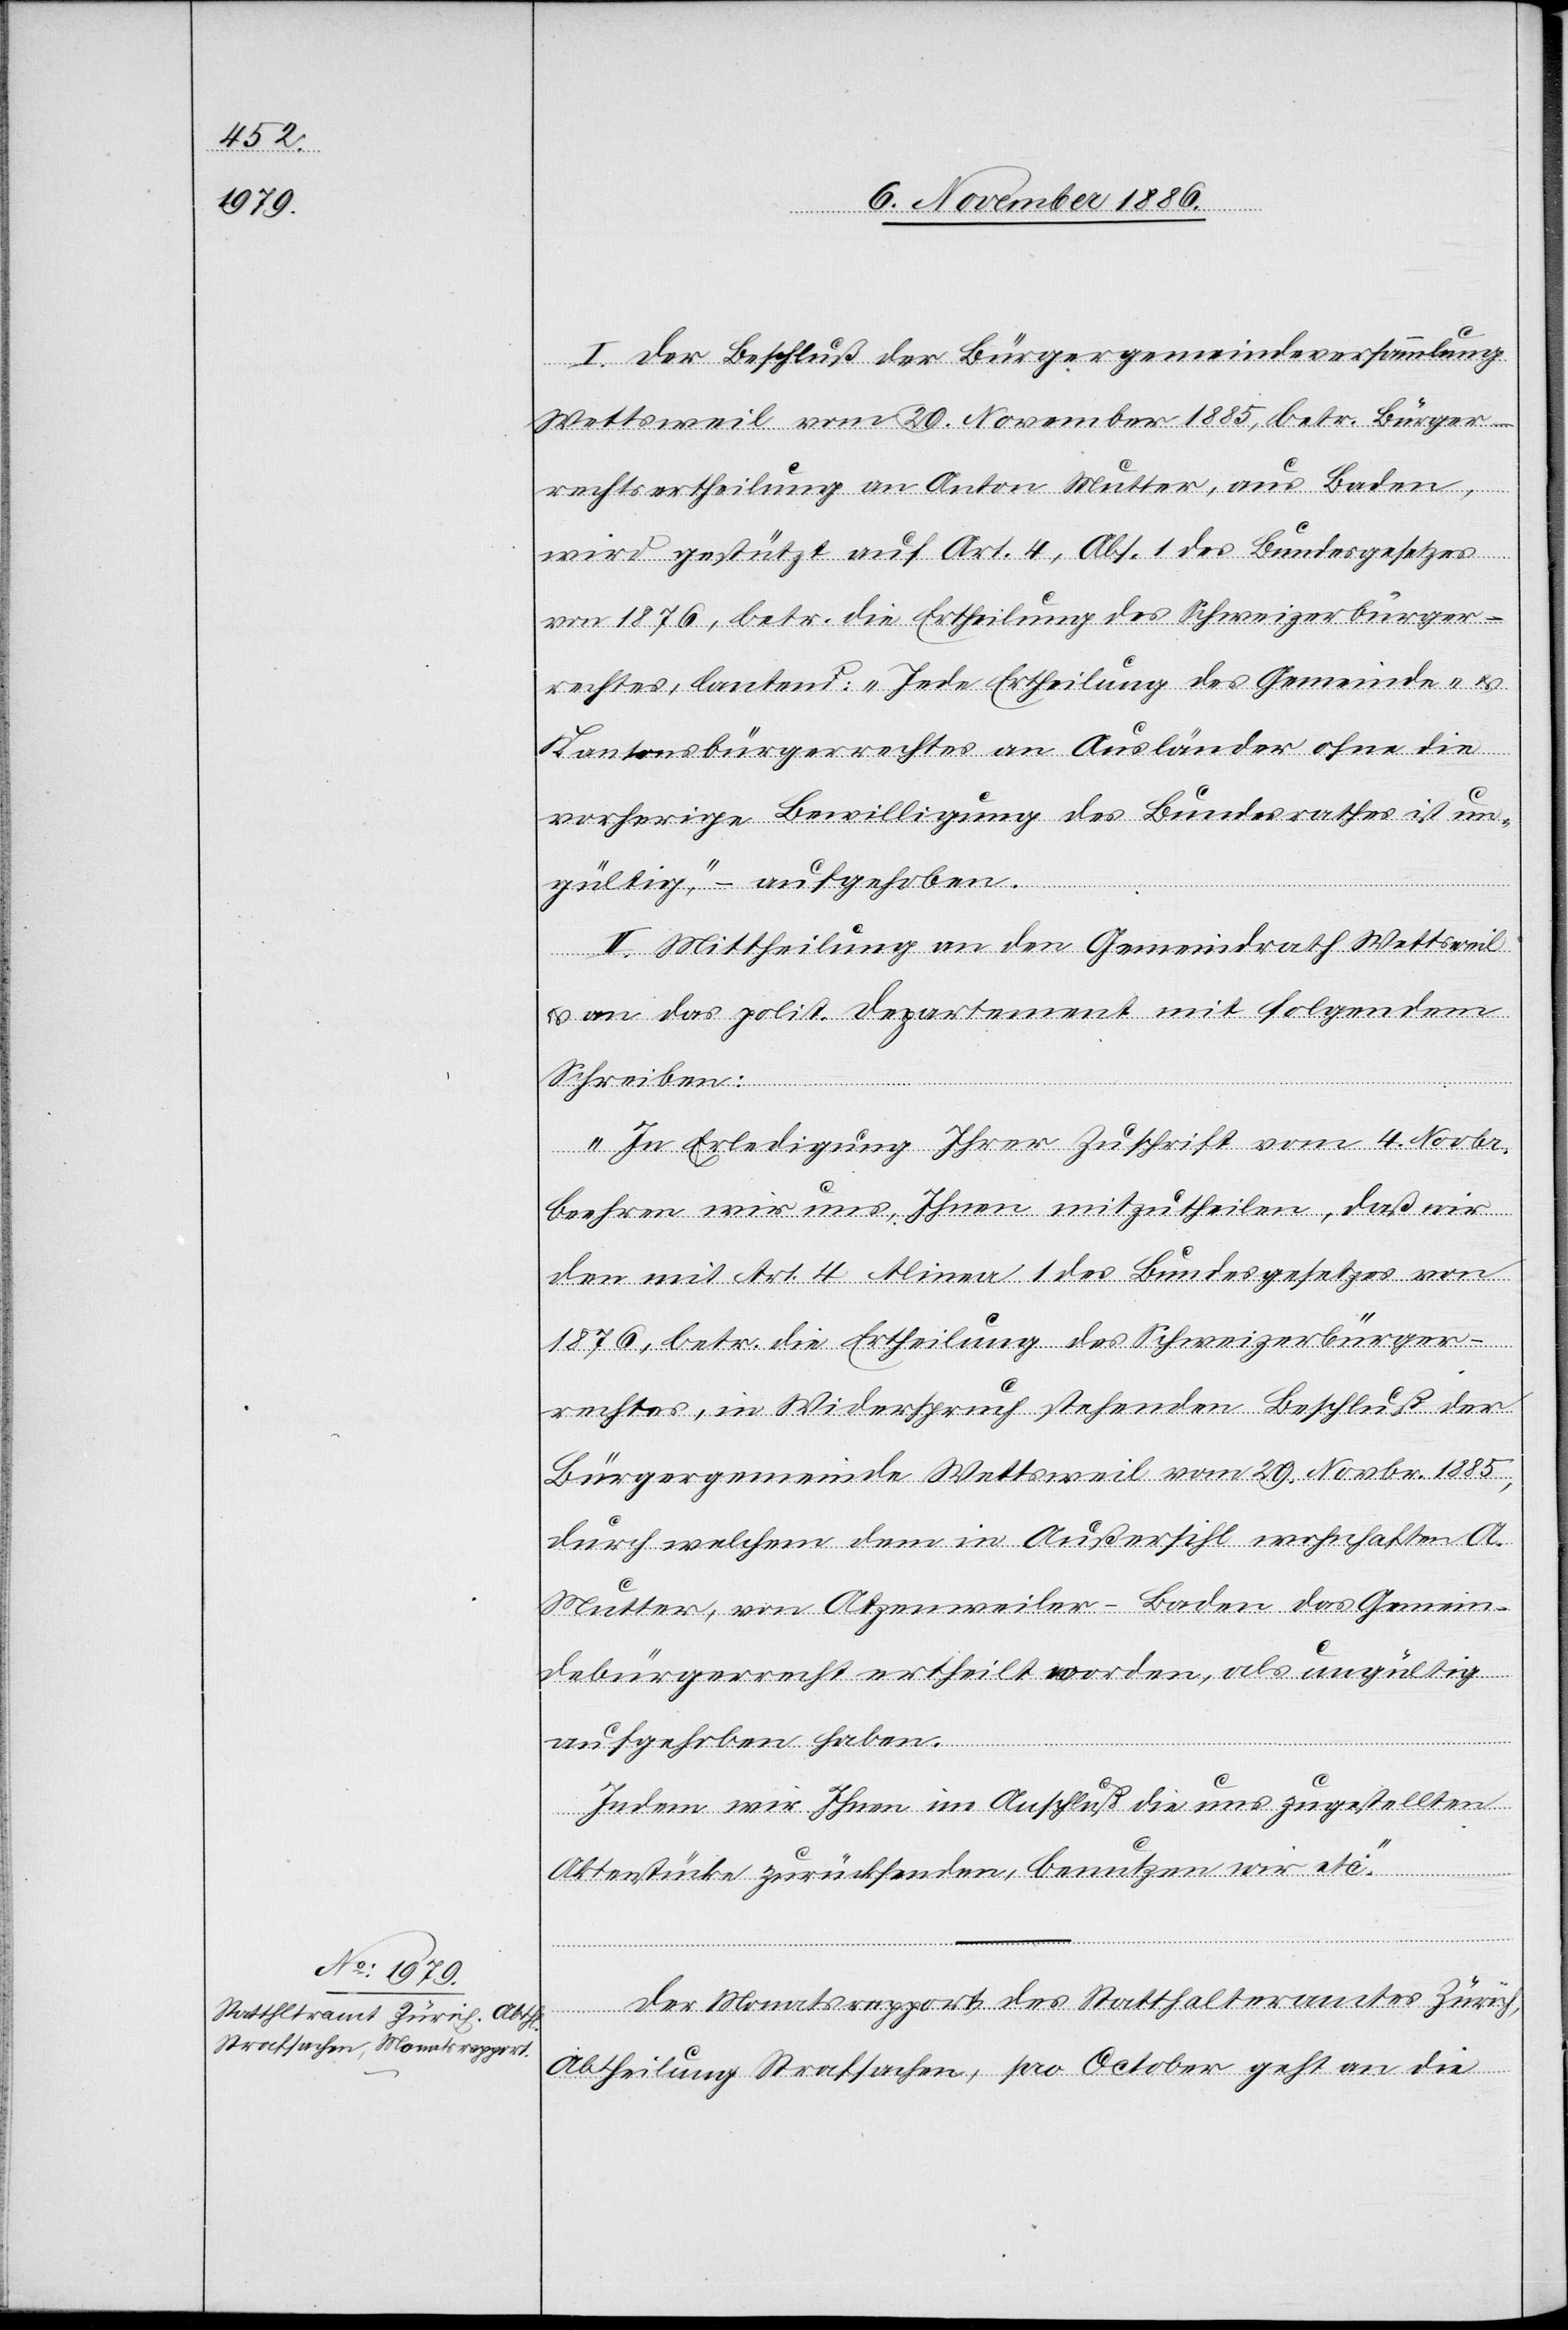
I. Der Beschluß der Bürgergemeindeversammlung
Wettsweil vom 29. November 1885, betr. Bürger¬
rechtsertheilung an Anton Mutter, aus Baden,
wird gestützt auf Art. 4, Abs. 1 des Bundesgesetzes
von 1876, betr. die Ertheilung des Schweizerbürger¬
rechtes, lautend: „Jede Ertheilung des Gemeinde- &
Kantonsbürgerrechtes an Ausländer ohne die
vorherige Bewilligung des Bundesrathes ist un¬
gültig“, – aufgehoben.
II. Mittheilung an den Gemeindrath Wettsweil
& an das polit. Departement mit folgendem
Schreiben:
„In Erledigung Ihrer Zuschrift vom 4. Novbr.
beehren wir uns, Ihnen mitzutheilen, daß wir
den mit Art. 4 Alinea 1 des Bundesgesetzes von
1876, betr. die Ertheilung des Schweizerbürger¬
rechtes, in Widerspruch stehenden Beschluß der
Bürgergemeinde Wettsweil vom 29. Novbr. 1885,
durch welchem [sic!] dem in Außersihl wohnhaften A.
Mutter, von Atzenweiler - Baden das Gemein¬
debürgerrecht ertheilt worden, als ungültig
aufgehoben haben.
Indem wir Ihnen im Anschluß die uns zugestellten
Aktenstücke zurücksenden, benutzen wir etc.“
Der Monatsrapport des Statthalteramtes Zürich,
Abtheilung Strafsachen, pro October geht an die